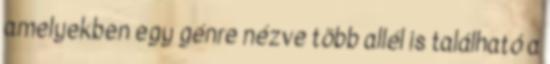
amelyekben egy génre nézve több allél is található a